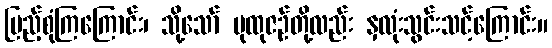
ပြည့်စုံကြကြောင်း၊ သို့သော် ပုထုဇဉ်တို့လည်း နှလုံးသွင်းသင့်ကြောင်း။